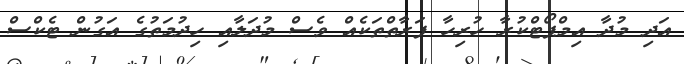
އަދި މުދާ އިމްޕޯޓްކުރާ ހުރިހާ ފަރާތްތަކެއް ވެސް މުދަލާއި ހިދުމަތުގެ އަގުން ޓެކްސް